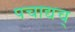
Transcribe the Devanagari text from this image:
पचाद्यच्